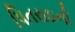
પિતરાઇની